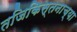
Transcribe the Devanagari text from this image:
तजिकिस्तनाच्या